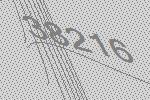
38216